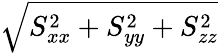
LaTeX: \sqrt{S_{xx}^{2}+S_{yy}^{2}+S_{zz}^{2}}